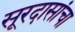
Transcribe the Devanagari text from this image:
सूरदासांचा